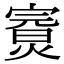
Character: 𤍘